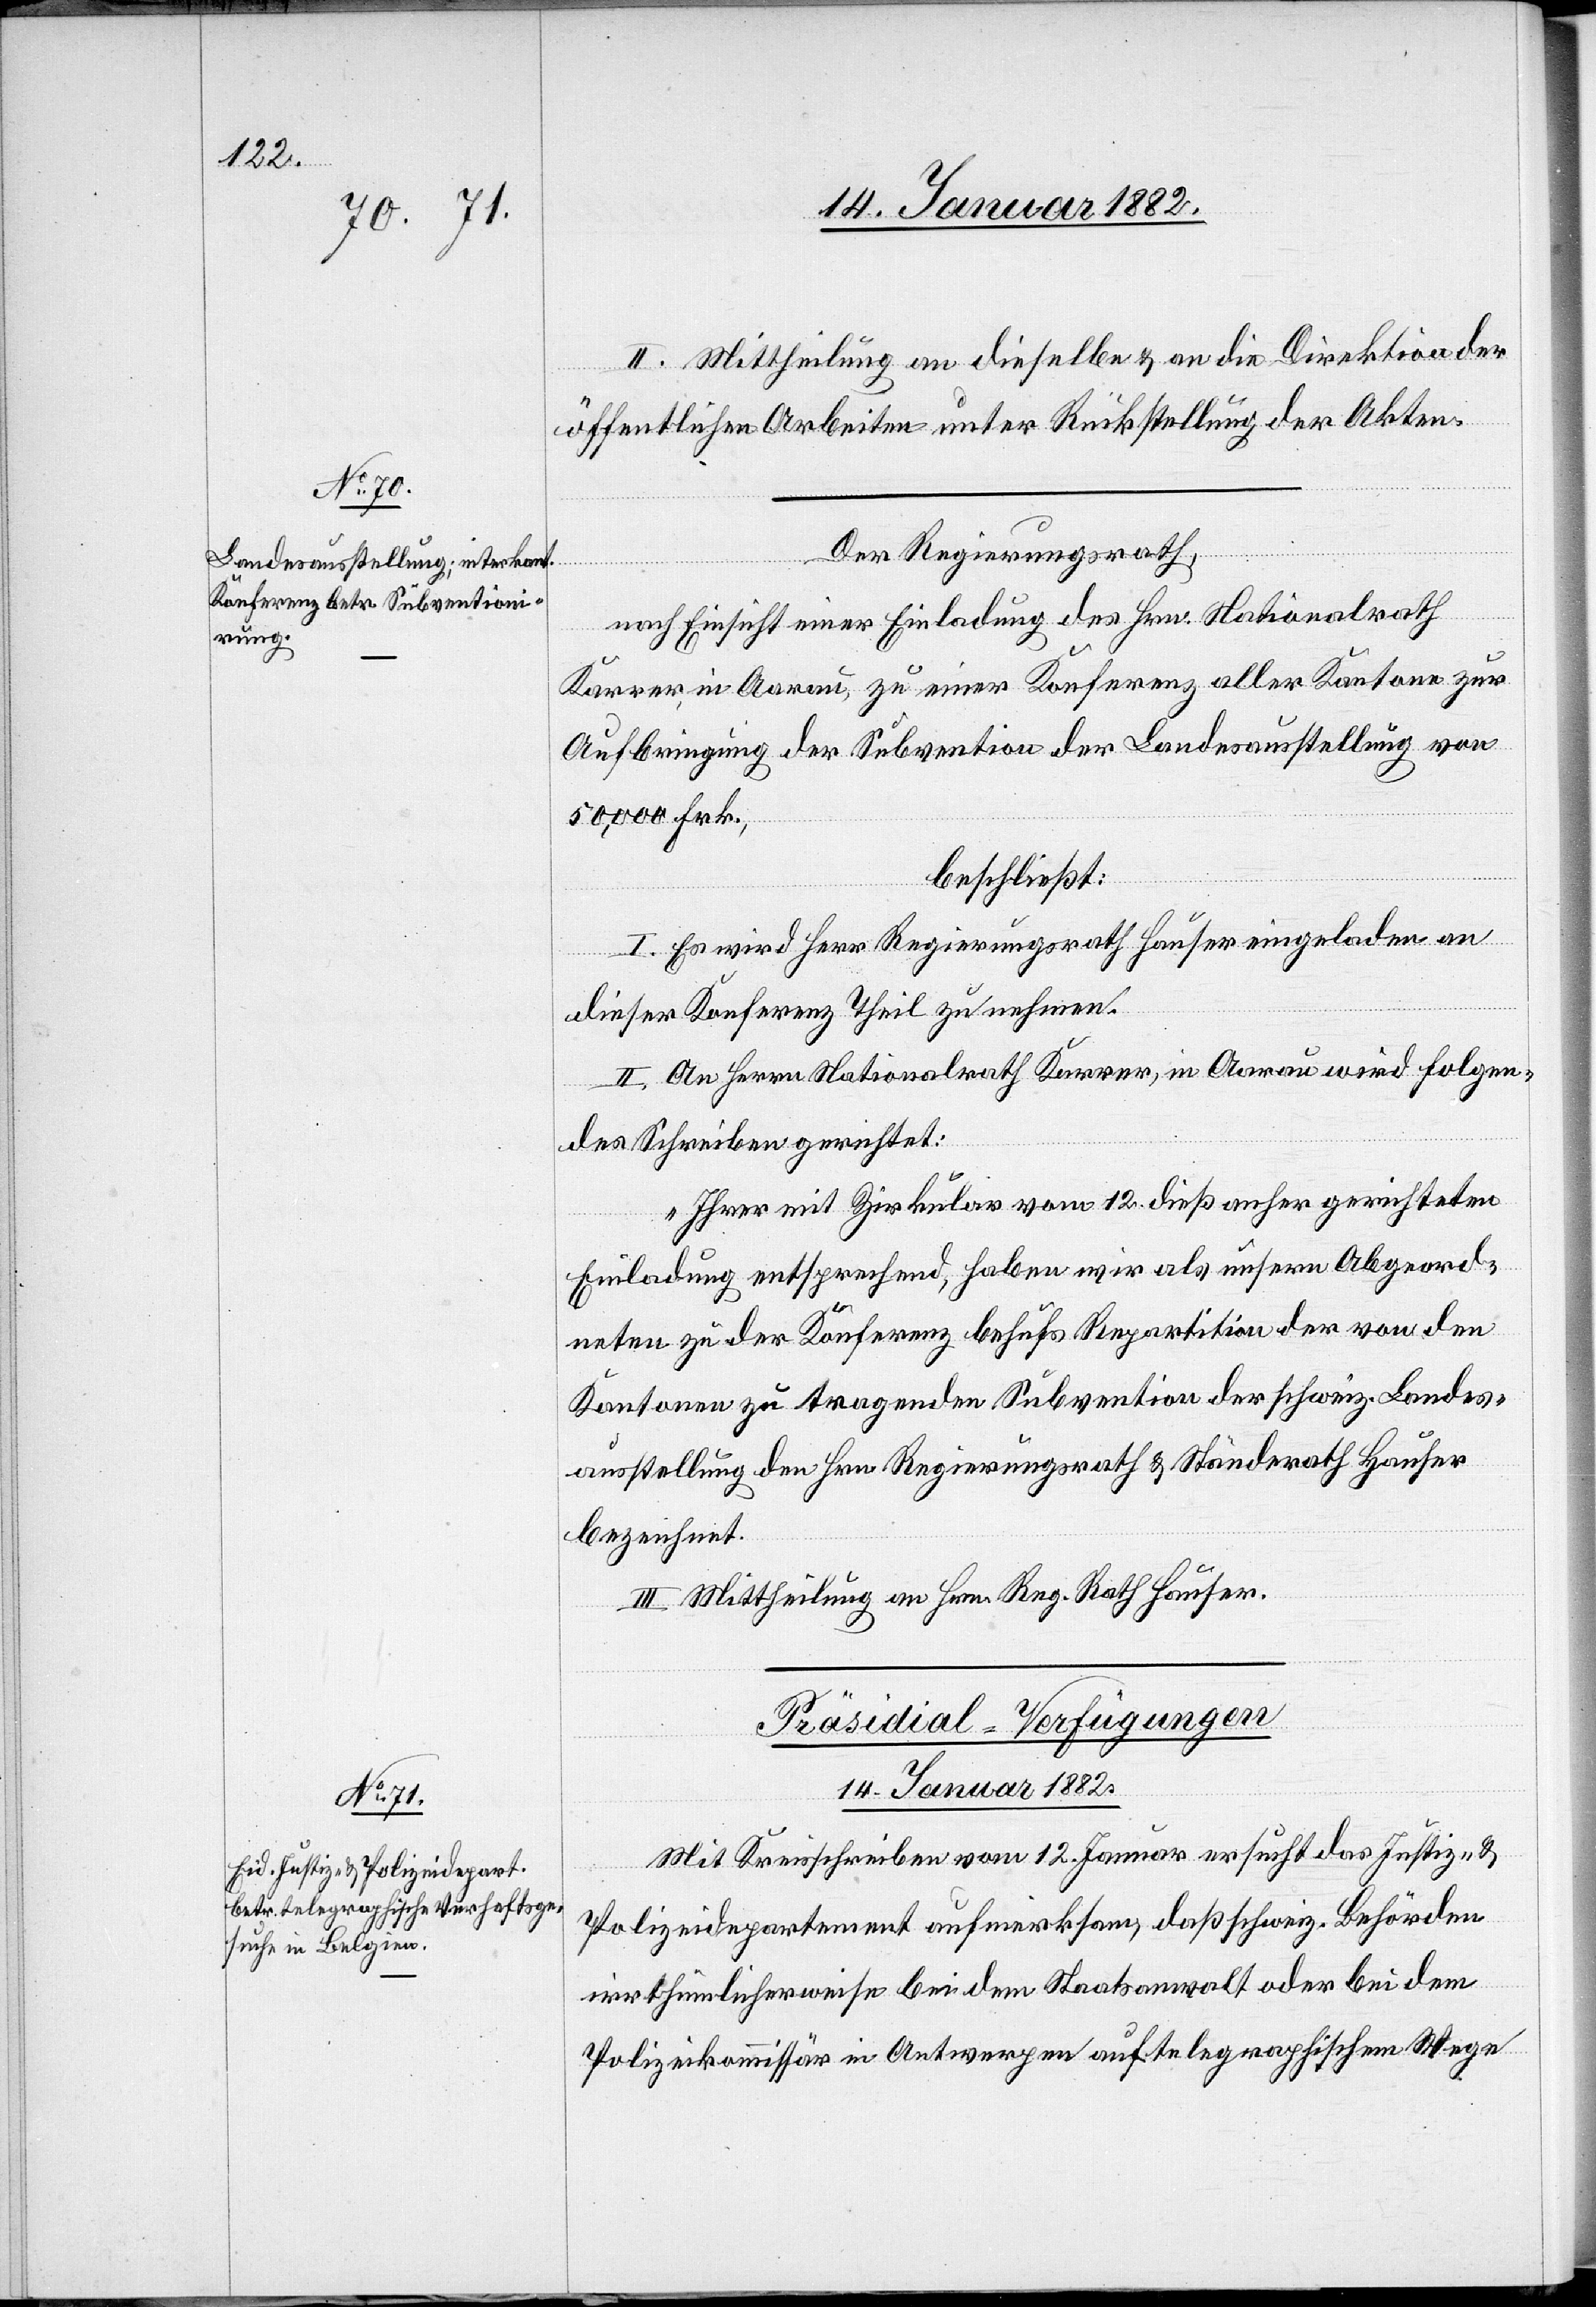
II. Mittheilung an dieselben & an die Direktion der
öffentlichen Arbeiten unter Rückstellung der Akten.
Der Regierungsrath,
nach Einsicht einer Einladung des Hrn. Nationalrath
Karrer in Aarau, zu einer Konferenz aller Kantone zur
Aufbringung der Subvention der Landesausstellung von
50,000 Frk.
beschließt:
I. Es wird Herr Regierungsrath Hauser eingeladen an
dieser Konferenz Theil zu nehmen.
II. An Herrn Nationalrath Karrer, in Aarau wird folgen¬
des Schreiben gerichtet:
„Ihrer mit Zirkular vom 12. dieß anher gerichteter
Einladung entsprechend, haben wir als unseren Abgeord¬
neten zu der Konferenz behufs Repartition der von den
Kantonen zu tragenden Subvention der schweiz. Landess¬
austellung den Hr. Regierungsrath & Ständerath Hauser
bezeichnet.“
III. Mittheilung an Hr. Reg. Rath Hauser.
Präsidial-Verfügungen.
14. Januar 1882
Mit Kreisschreiben vom 12. Januar ersucht das Justiz- &
Polizeidepartement aufmerksam, daß schweiz. Behörden
irrthümlicherweise bei dem Staatsanwalt oder bei dem
Polizeikommissär in Antwerpen auf telegraphischem Wege